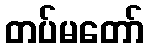
တပ်မတော်